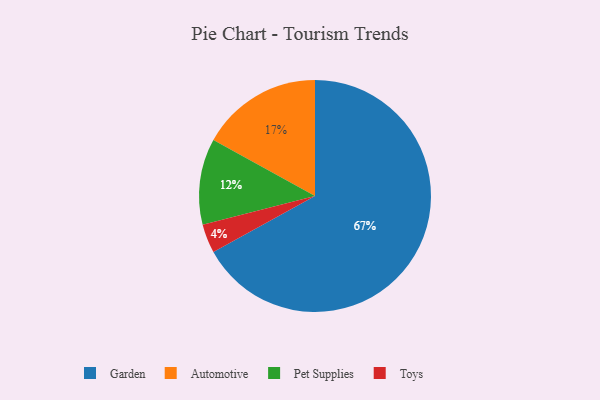
{"axis": {"x": "Category", "y": "Percentage"}, "legend": ["Automotive", "Garden", "Pet Supplies", "Toys"], "data": [{"x": "Toys", "y": 4, "type": "Toys"}, {"x": "Garden", "y": 67, "type": "Garden"}, {"x": "Automotive", "y": 17, "type": "Automotive"}, {"x": "Pet Supplies", "y": 12, "type": "Pet Supplies"}]}